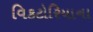
વિકટોરિયાના